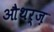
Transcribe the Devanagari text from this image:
औथर्ज़